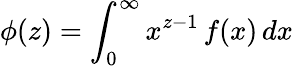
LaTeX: \phi(z)=\int_{0}^{\infty}x^{z-1}\, f(x)\, dx